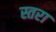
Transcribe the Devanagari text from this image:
स्तरा